Annual report of the Punjab Veterinary College and of the Civil Veterinary Department, Punjab - 1920-1925
Year: 1920
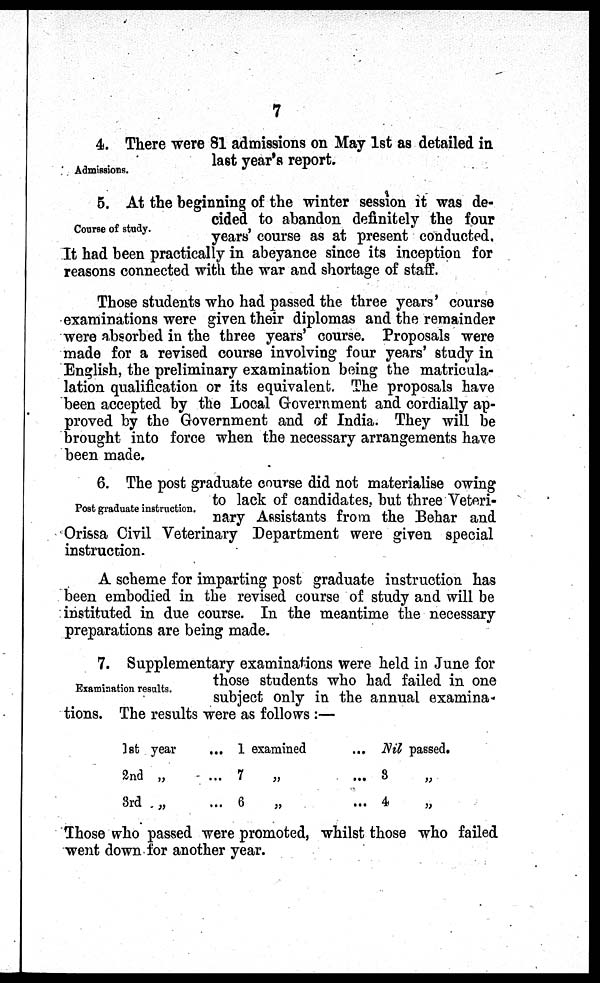
7
Admissions.
4. There were 81 admissions on May 1st as detailed in
last year's report.
Course of study.
5. At the beginning of the winter session it was de-
cided to abandon definitely the four
years' course as at present conducted.
It had been practically in abeyance since its inception for
reasons connected with the war and shortage of staff.
Those students who had passed the three years' course
examinations were given their diplomas and the remainder
were absorbed in the three years' course. Proposals were
made for a revised course involving four years' study in
English, the preliminary examination being the matricula-
lation qualification or its equivalent. The proposals have
been accepted by the Local Government and cordially ap-
proved by the Government and of India. They will be
brought into force when the necessary arrangements have
been made.
Post graduate instruction.
6. The post graduate course did not materialise owing
to lack of candidates, but three Veteri-
nary Assistants from the Behar and
Orissa Civil Veterinary Department were given special
instruction.
A scheme for imparting post graduate instruction has
been embodied in the revised course of study and will be
instituted in due course. In the meantime the necessary
preparations are being made.
Examination results.
7. Supplementary examinations were held in June for
those students who had failed in one
subject only in the annual examina-
tions. The results were as follows:—
1st year
2nd „
3rd „
... 1 examined
... 7 „
... 6
„
... Nil passed.
...
3
„
...
4
„
Those who passed were promoted, whilst those who failed
went down for another year.